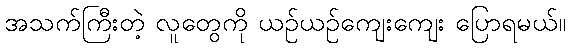
အသက်ကြီးတဲ့ လူတွေကို ယဉ်ယဉ်ကျေးကျေး ပြောရမယ်။